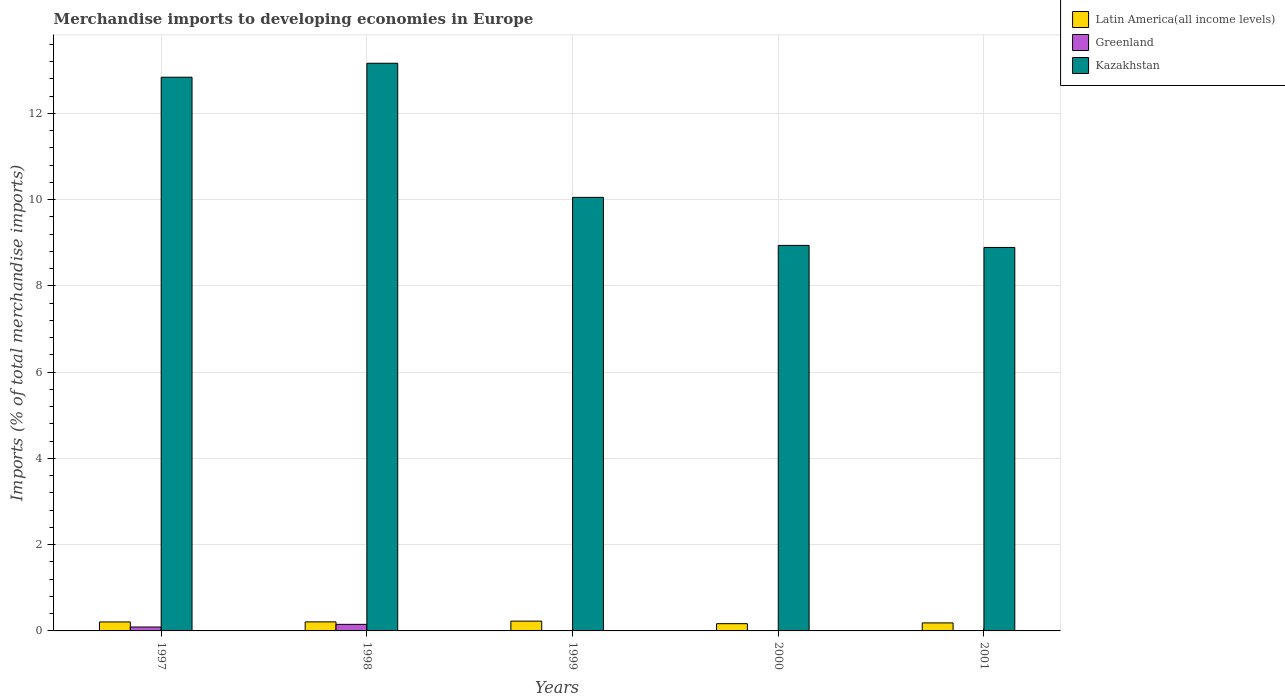
| Years | Latin America(all income levels) | Greenland | Kazakhstan |
 | --- | --- | --- | --- |
 | 1997 | 0.208 | 0.0908 | 12.8 |
 | 1998 | 0.21 | 0.152 | 13.2 |
 | 1999 | 0.228 | 0.0042 | 10.1 |
 | 2000 | 0.168 | 0.00245 | 8.94 |
 | 2001 | 0.186 | 0.00265 | 8.89 |